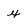
Character: x